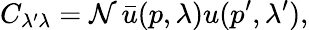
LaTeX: C_{\lambda^{\prime}\lambda}={\cal{N}}\, \bar{u}(p,\lambda)u(p^{\prime},\lambda^{\prime}),